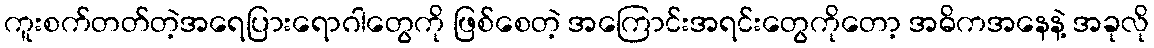
ကူးစက်တတ်တဲ့အရေပြားရောဂါတွေကို ဖြစ်စေတဲ့ အကြောင်းအရင်းတွေကိုတော့ အဓိကအနေနဲ့ အခုလို